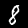
Digit: 8